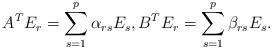
LaTeX: \begin{align*}A^TE_r = \sum_{s=1}^p\alpha_{rs}E_s, B^TE_r = \sum_{s=1}^p\beta_{rs}E_s.\end{align*}